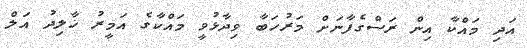
އަދި މައްކާ އިން ރަސްގެފާނަށް މަރުހަބާ ވިދާޅުވީ މައްކާގެ އަމީރު ޚާލިދު އަލް